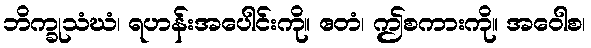
ဘိက္ခုသံဃံ၊ ရဟန်းအပေါင်းကို။ ဧတံ၊ ဤစကားကို။ အဝေါစ၊